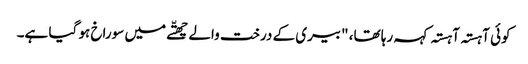
کوئی آہستہ آہستہ کہہ رہا تھا، "بیری کے درخت والے چھتّے میں سوراخ ہو گیا ہے۔